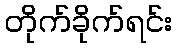
တိုက်ခိုက်ရင်း